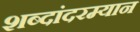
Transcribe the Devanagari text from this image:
शब्दांदरम्यान